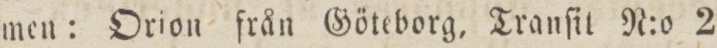
men: Orion från Göteborg, Tranſit N:o 2